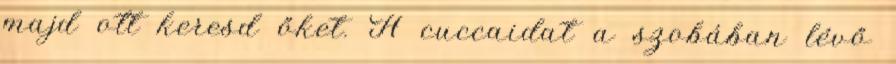
majd ott keresd őket. A cuccaidat a szobában lévő